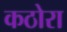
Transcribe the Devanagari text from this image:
कठोरा